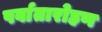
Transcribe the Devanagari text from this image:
पर्वातारोहण